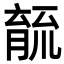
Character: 𮌫